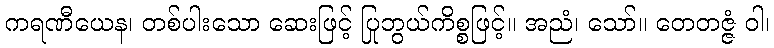
ကရဏီယေန၊ တစ်ပါးသော ဆေးဖြင့် ပြုဘွယ်ကိစ္စဖြင့်။ အညံ၊ သော်။ တေတဇ္ဇံ ဝါ၊